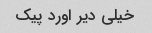
خیلی دیر اورد پیک